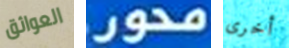
العوائق محور أخرى